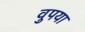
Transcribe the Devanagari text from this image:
वुपया